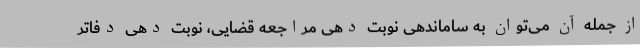
از جمله آن می‌توان به ساماندهی نوبت دهی مراجعه قضایی، نوبت دهی دفاتر